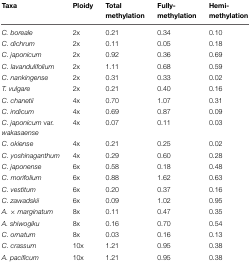
<table><thead><tr><td><b>Taxa</b></td><td><b>Ploidy</b></td><td><b>Total methylation</b></td><td><b>Fully-methylation</b></td><td><b>Hemi-methylation</b></td></tr></thead><tbody><tr><td><i>C. boreale</i></td><td>2x</td><td>0.21</td><td>0.34</td><td>0.10</td></tr><tr><td><i>C. dichrum</i></td><td>2x</td><td>0.11</td><td>0.05</td><td>0.18</td></tr><tr><td><i>C. japonicum</i></td><td>2x</td><td>0.92</td><td>0.36</td><td>0.69</td></tr><tr><td><i>C. lavandulifolium</i></td><td>2x</td><td>1.11</td><td>0.68</td><td>0.59</td></tr><tr><td><i>C. nankingense</i></td><td>2x</td><td>0.31</td><td>0.33</td><td>0.02</td></tr><tr><td><i>T. vulgare</i></td><td>2x</td><td>0.21</td><td>0.40</td><td>0.16</td></tr><tr><td><i>C. chanetii</i></td><td>4x</td><td>0.70</td><td>1.07</td><td>0.31</td></tr><tr><td><i>C. indicum</i></td><td>4x</td><td>0.69</td><td>0.87</td><td>0.09</td></tr><tr><td><i>C. japonicum</i> var. <i>wakasaense</i></td><td>4x</td><td>0.07</td><td>0.11</td><td>0.03</td></tr><tr><td><i>C. okiense</i></td><td>4x</td><td>0.21</td><td>0.25</td><td>0.02</td></tr><tr><td><i>C. yoshinaganthum</i></td><td>4x</td><td>0.29</td><td>0.60</td><td>0.28</td></tr><tr><td><i>C. japonense</i></td><td>6x</td><td>0.58</td><td>0.18</td><td>0.48</td></tr><tr><td><i>C. morifolium</i></td><td>6x</td><td>0.88</td><td>1.62</td><td>0.63</td></tr><tr><td><i>C. vestitum</i></td><td>6x</td><td>0.20</td><td>0.37</td><td>0.16</td></tr><tr><td><i>C. zawadskii</i></td><td>6x</td><td>0.09</td><td>1.02</td><td>0.95</td></tr><tr><td><i>A. × marginatum</i></td><td>8x</td><td>0.11</td><td>0.47</td><td>0.35</td></tr><tr><td><i>A. shiwogiku</i></td><td>8x</td><td>0.16</td><td>0.70</td><td>0.54</td></tr><tr><td><i>C. ornatum</i></td><td>8x</td><td>0.03</td><td>0.16</td><td>0.13</td></tr><tr><td><i>C. crassum</i></td><td>10x</td><td>1.21</td><td>0.95</td><td>0.38</td></tr><tr><td><i>A. pacificum</i></td><td>10x</td><td>1.21</td><td>0.95</td><td>0.38</td></tr></tbody></table>